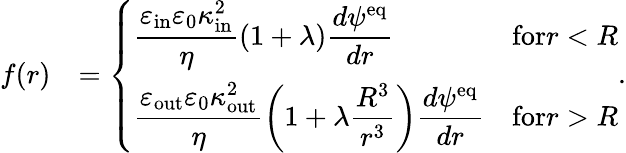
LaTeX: \begin{array}{rl}{f(r)}&{=\left\{ \begin{array}{ll}{\displaystyle\frac{\varepsilon_{\mathrm{in}}\varepsilon_{0}\kappa_{\mathrm{in}}^{2}}{\eta}(1+\lambda)\frac{d\psi^{\mathrm{eq}}}{dr}}&{\textrm{for}r<R}\\ {\displaystyle\frac{\varepsilon_{\mathrm{out}}\varepsilon_{0}\kappa_{\mathrm{out}}^{2}}{\eta}\left(1+\lambda\frac{R^{3}}{r^{3}}\right)\frac{d\psi^{\mathrm{eq}}}{dr}}&{\textrm{for}r>R}\end{array}\right..}\end{array}